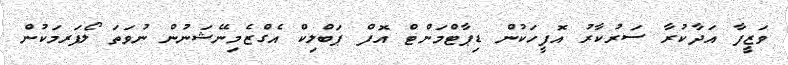
ވަޒީފާ އަދާކުރާ ސަރުކާރު އޮފީހަކުން ޑިޕާޓްމަންޓް އޮފް ޕަބްލިކް އެގްޒެމިނޭޝަނުން ނުވަތަ ލޯފަރމަކުން